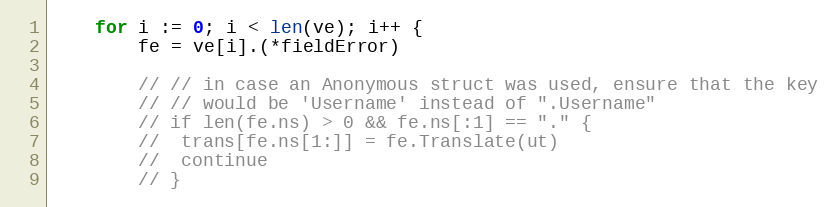
Language: Go
	for i := 0; i < len(ve); i++ {
		fe = ve[i].(*fieldError)

		// // in case an Anonymous struct was used, ensure that the key
		// // would be 'Username' instead of ".Username"
		// if len(fe.ns) > 0 && fe.ns[:1] == "." {
		// 	trans[fe.ns[1:]] = fe.Translate(ut)
		// 	continue
		// }